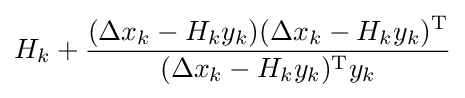
H_{k}+{\frac {(\Delta x_{k}-H_{k}y_{k})(\Delta x_{k}-H_{k}y_{k})^{\mathrm {T} }}{(\Delta x_{k}-H_{k}y_{k})^{\mathrm {T} }y_{k}}}